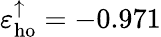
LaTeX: \varepsilon_{\mathrm{ho}}^{\uparrow}=-0.971